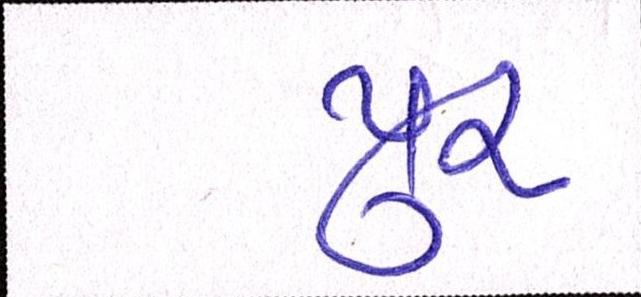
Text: પુર